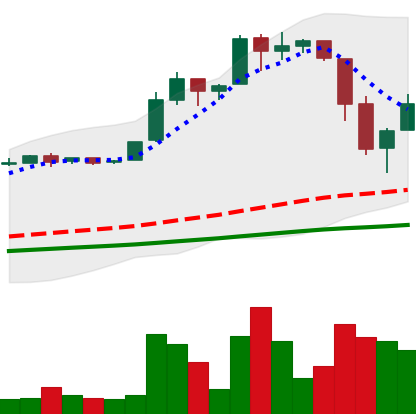
Ticker: BTC-USD
Chart end date: 2016-06-24
Forward return: -3.819%
Label: down_3_5